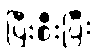
ပြီးစီးပြီး